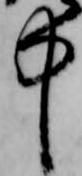
中